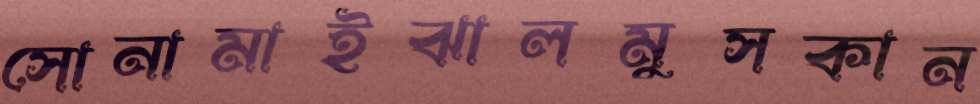
সোনামাইঝালমুসকান